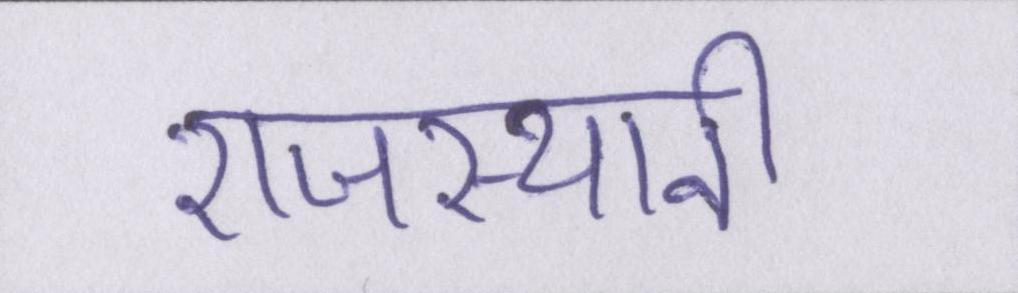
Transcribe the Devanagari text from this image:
राजस्थानी